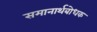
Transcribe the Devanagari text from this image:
समानार्थबोधक